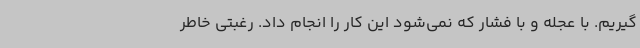
گیریم. با عجله و با فشار که نمی‌شود این کار را انجام داد. رغبتی خاطر